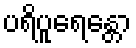
ပရိပူရေန္တော